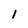
Character: 1